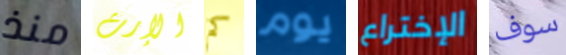
منذ الإرث كم يوم الإختراع سوف